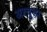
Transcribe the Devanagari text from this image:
अरबुड़ा